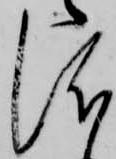
儀